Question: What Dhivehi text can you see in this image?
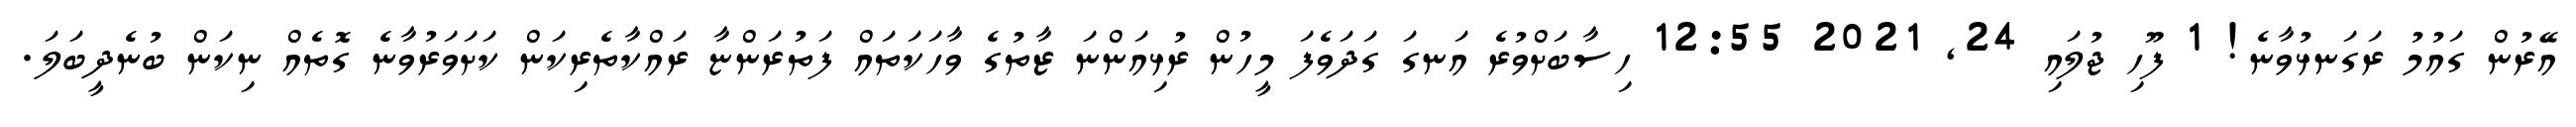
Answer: އޭރުން ގައުމު ރަގަނޅުވާނެ! 1 ފޫހި ޖުލައި 24, 2021 12:55 ހިސާބަށްވުރެ އަނގަ ގަދަވެފަ މީހުން ރުޅިއަންނަ ޒާތުގެ ވާހަކަތައް ފަތުރަންޏާ ރައްކާތެރިކަން ކަށަވަރުވާނެ ގޮތެއް ނިކަން ބުނެދީބަލަ.